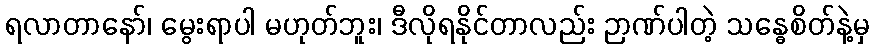
ရလာတာနော်၊ မွေးရာပါ မဟုတ်ဘူး၊ ဒီလိုရနိုင်တာလည်း ဉာဏ်ပါတဲ့ သန္ဓေစိတ်နဲ့မှ